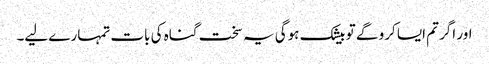
اور اگر تم ایسا کرو گے تو بیشک ہوگی یہ سخت گناہ کی بات تمہارے لیے۔